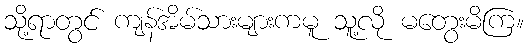
သို့ရာတွင် ကျန်အိမ်သားများကမူ သူ့လို မတွေးမိကြ။